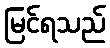
မြင်ရသည်